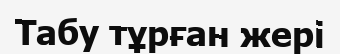
Табу тұрған жері